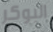
البوكر